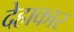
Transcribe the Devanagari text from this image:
देहाकार